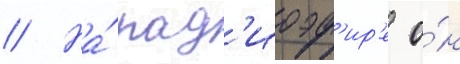
// На́ рад'иоэф'ир'е о́н